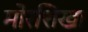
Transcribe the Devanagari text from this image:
मोरशिखा